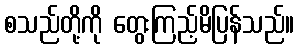
စသည်တို့ကို တွေးကြည့်မိပြန်သည်။